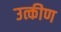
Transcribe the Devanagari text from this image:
उत्कीण